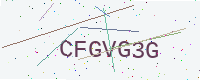
Text: CFGVG3G